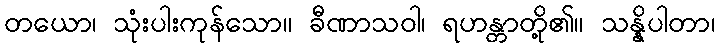
တယော၊ သုံးပါးကုန်သော။ ခီဏာသဝါ၊ ရဟန္တာတို့၏။ သန္နိပါတာ၊